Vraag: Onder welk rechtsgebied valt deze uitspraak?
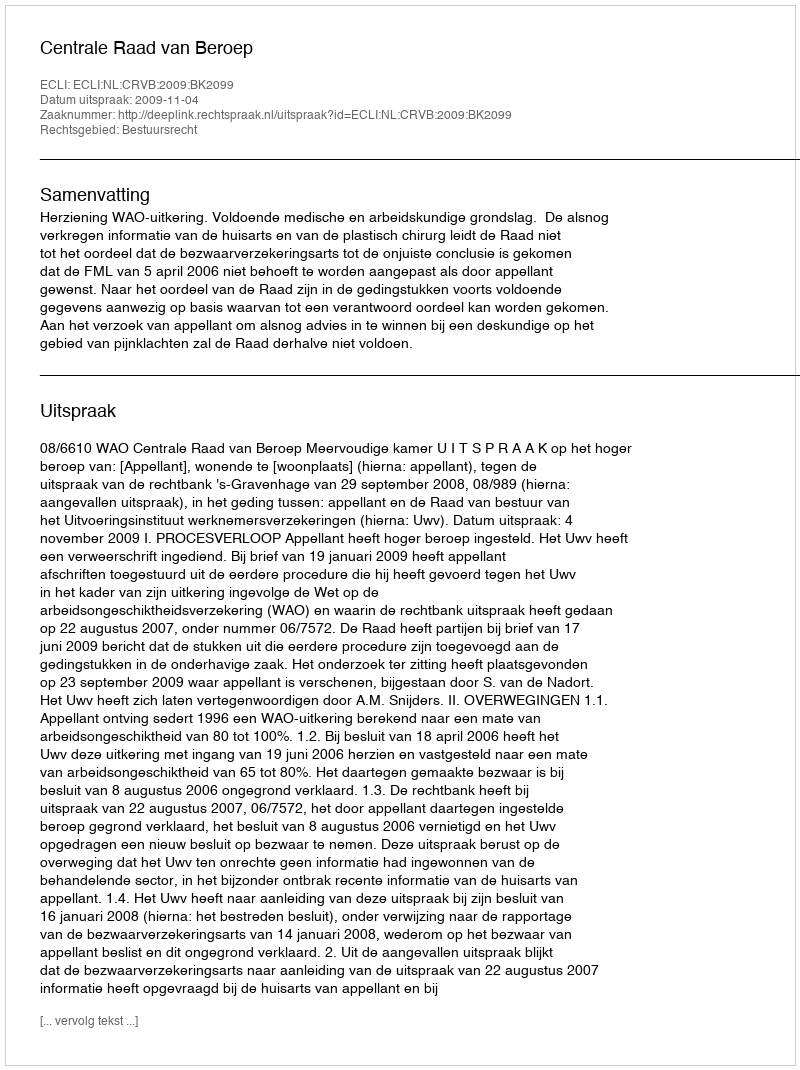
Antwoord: Bestuursrecht